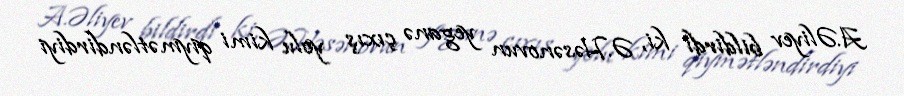
A.Əliyev bildirdi ki, Ə.Həsənovun yeganə çıxış yolu kimi qiymətləndirdiyi